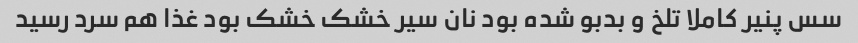
سس پنیر کاملا تلخ و بدبو شده بود نان سیر خشک خشک بود غذا هم سرد رسید